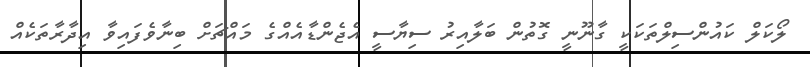
ލޯކަލް ކައުންސިލްތަކަކީ ގާނޫނީ ގޮތުން ބަލާއިރު ސިޔާސީ އެޖެންޑާއެއްގެ މައްޗަށް ބިނާވެފައިވާ އިދާރާތަކެއް